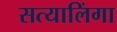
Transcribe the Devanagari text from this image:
सत्यालिंगा